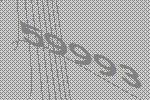
59993